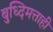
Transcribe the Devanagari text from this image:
बुध्दिमत्ताही